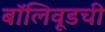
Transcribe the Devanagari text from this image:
बॉलिवूडची